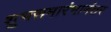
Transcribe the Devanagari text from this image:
शुभसमारंभानंतर